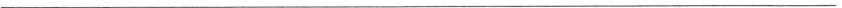
___